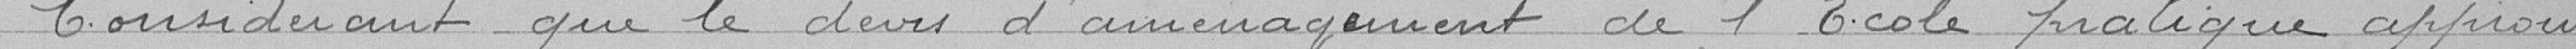
Considérant que le devis d'aménagement de l'École pratique approuvé